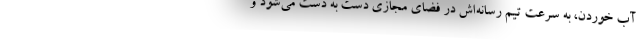
آب خوردن، به سرعت تیم رسانه‌اش در فضای مجازی دست به دست می‌شود و